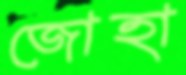
জোহা